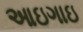
આઇગાઇ